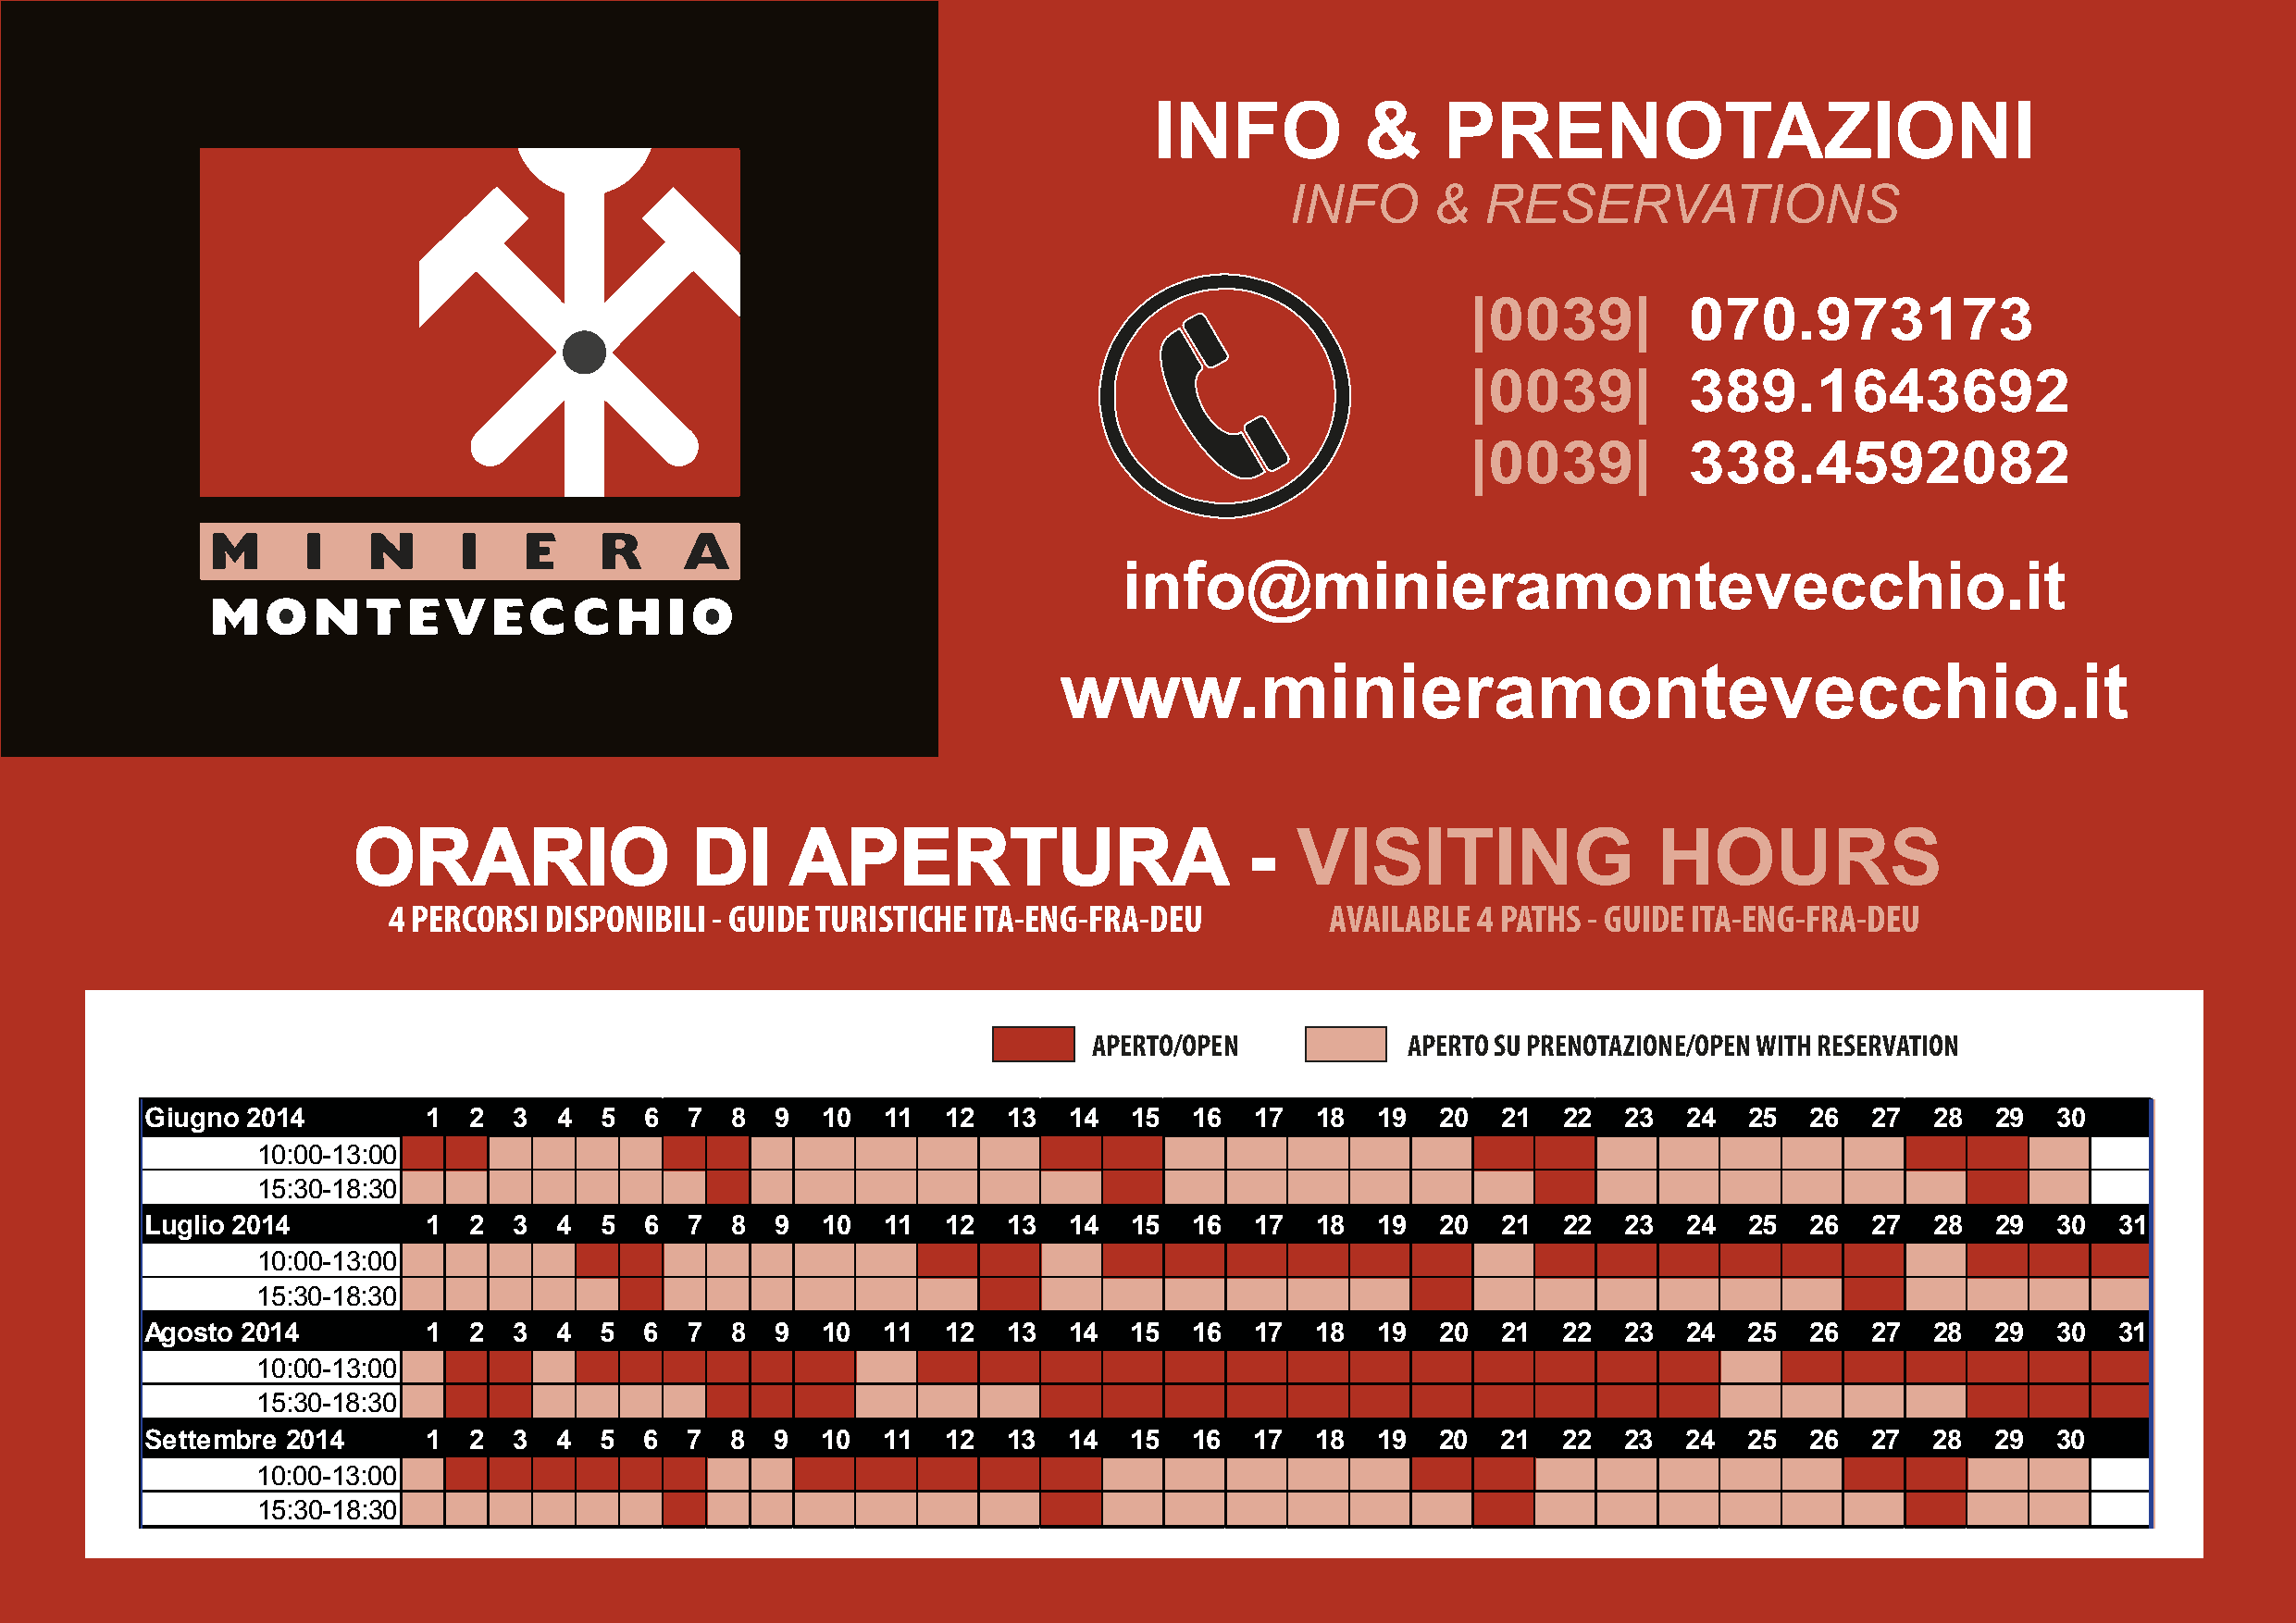
INFO            &    PRENOTAZIONI
 INFO       &  RESERVATIONS
 |0039|          070.973173
 |0039|          389.1643692
 |0039|          338.4592082
 info@minieramontevecchio.it
 www.minieramontevecchio.it
 ORARIO                  DI      APERTURA                        -   VISITING                  HOURS
 4 PERCORSI DISPONIBILI - GUIDE TURISTICHE ITA-ENG-FRA-DEU          AVAILABLE  4 PATHS - GUIDE ITA-ENG-FRA-DEU
 APERTO/OPEN            APERTO SU PRENOTAZIONE/OPEN WITH RESERVATION
 Giugno  2014        1   2  3  4  5  6  7  8  9   10  11   12  13  14   15  16   17  18   19  20  21   22  23   24  25  26   27  28   29  30
 10:00-13:00
 15:30-18:30
 Luglio 2014         1   2  3  4  5  6  7  8  9   10  11   12  13  14   15  16   17  18   19  20  21   22  23   24  25  26   27  28   29  30   31
 10:00-13:00
 15:30-18:30
 Agosto 2014         1   2  3  4  5  6  7  8  9   10  11   12  13  14   15  16   17  18  19   20  21   22  23   24  25  26   27  28   29  30  31
 10:00-13:00
 15:30-18:30
 Settembre 2014      1   2  3  4  5  6  7  8  9   10  11   12  13  14   15  16   17  18  19   20  21   22  23   24  25  26   27  28   29  30
 10:00-13:00
 15:30-18:30